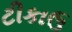
ટીકાઉ